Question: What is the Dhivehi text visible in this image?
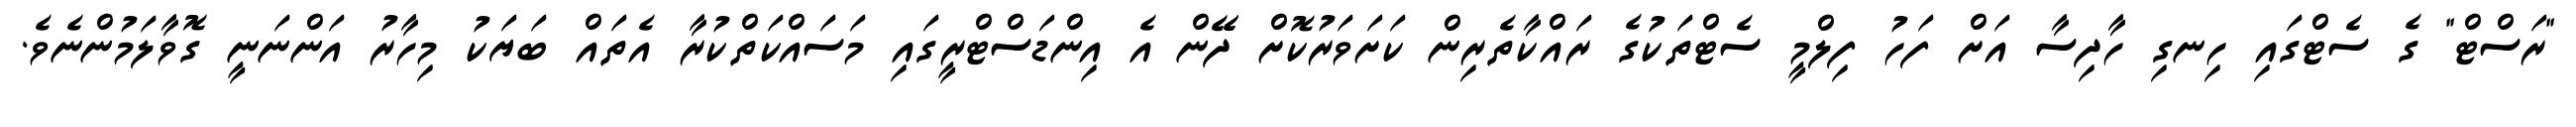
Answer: "ރަސްޓް" ގެ ސެޓްގައި ހިނގި ހާދިސާ އަށް ފަހު ފިލްމީ ސެޓްތަކުގެ ރައްކާތެރިން ކަށަވަރުކޮށް ދޭން އެ އިންޑަސްޓްރީގައި މަސައްކަތްކުރާ އެތައް ބަޔަކު މިހާރު އަންނަނީ ގޮވާލަމުންނެވެ.